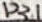
Text: P3.1